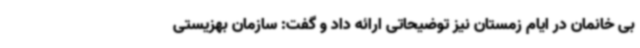
بی خانمان در ایام زمستان نیز توضیحاتی ارائه داد و گفت: سازمان بهزیستی